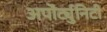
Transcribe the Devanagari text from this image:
अपॊर्ट्युनिटी